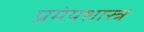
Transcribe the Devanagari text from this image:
प्रमेयशास्त्र